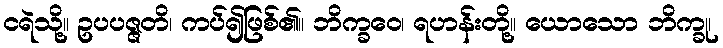
ငရဲသို့။ ဥပပဇ္ဇတိ၊ ကပ်၍ဖြစ်၏။ ဘိက္ခဝေ၊ ရဟန်းတို့။ ယောသော ဘိက္ခု၊